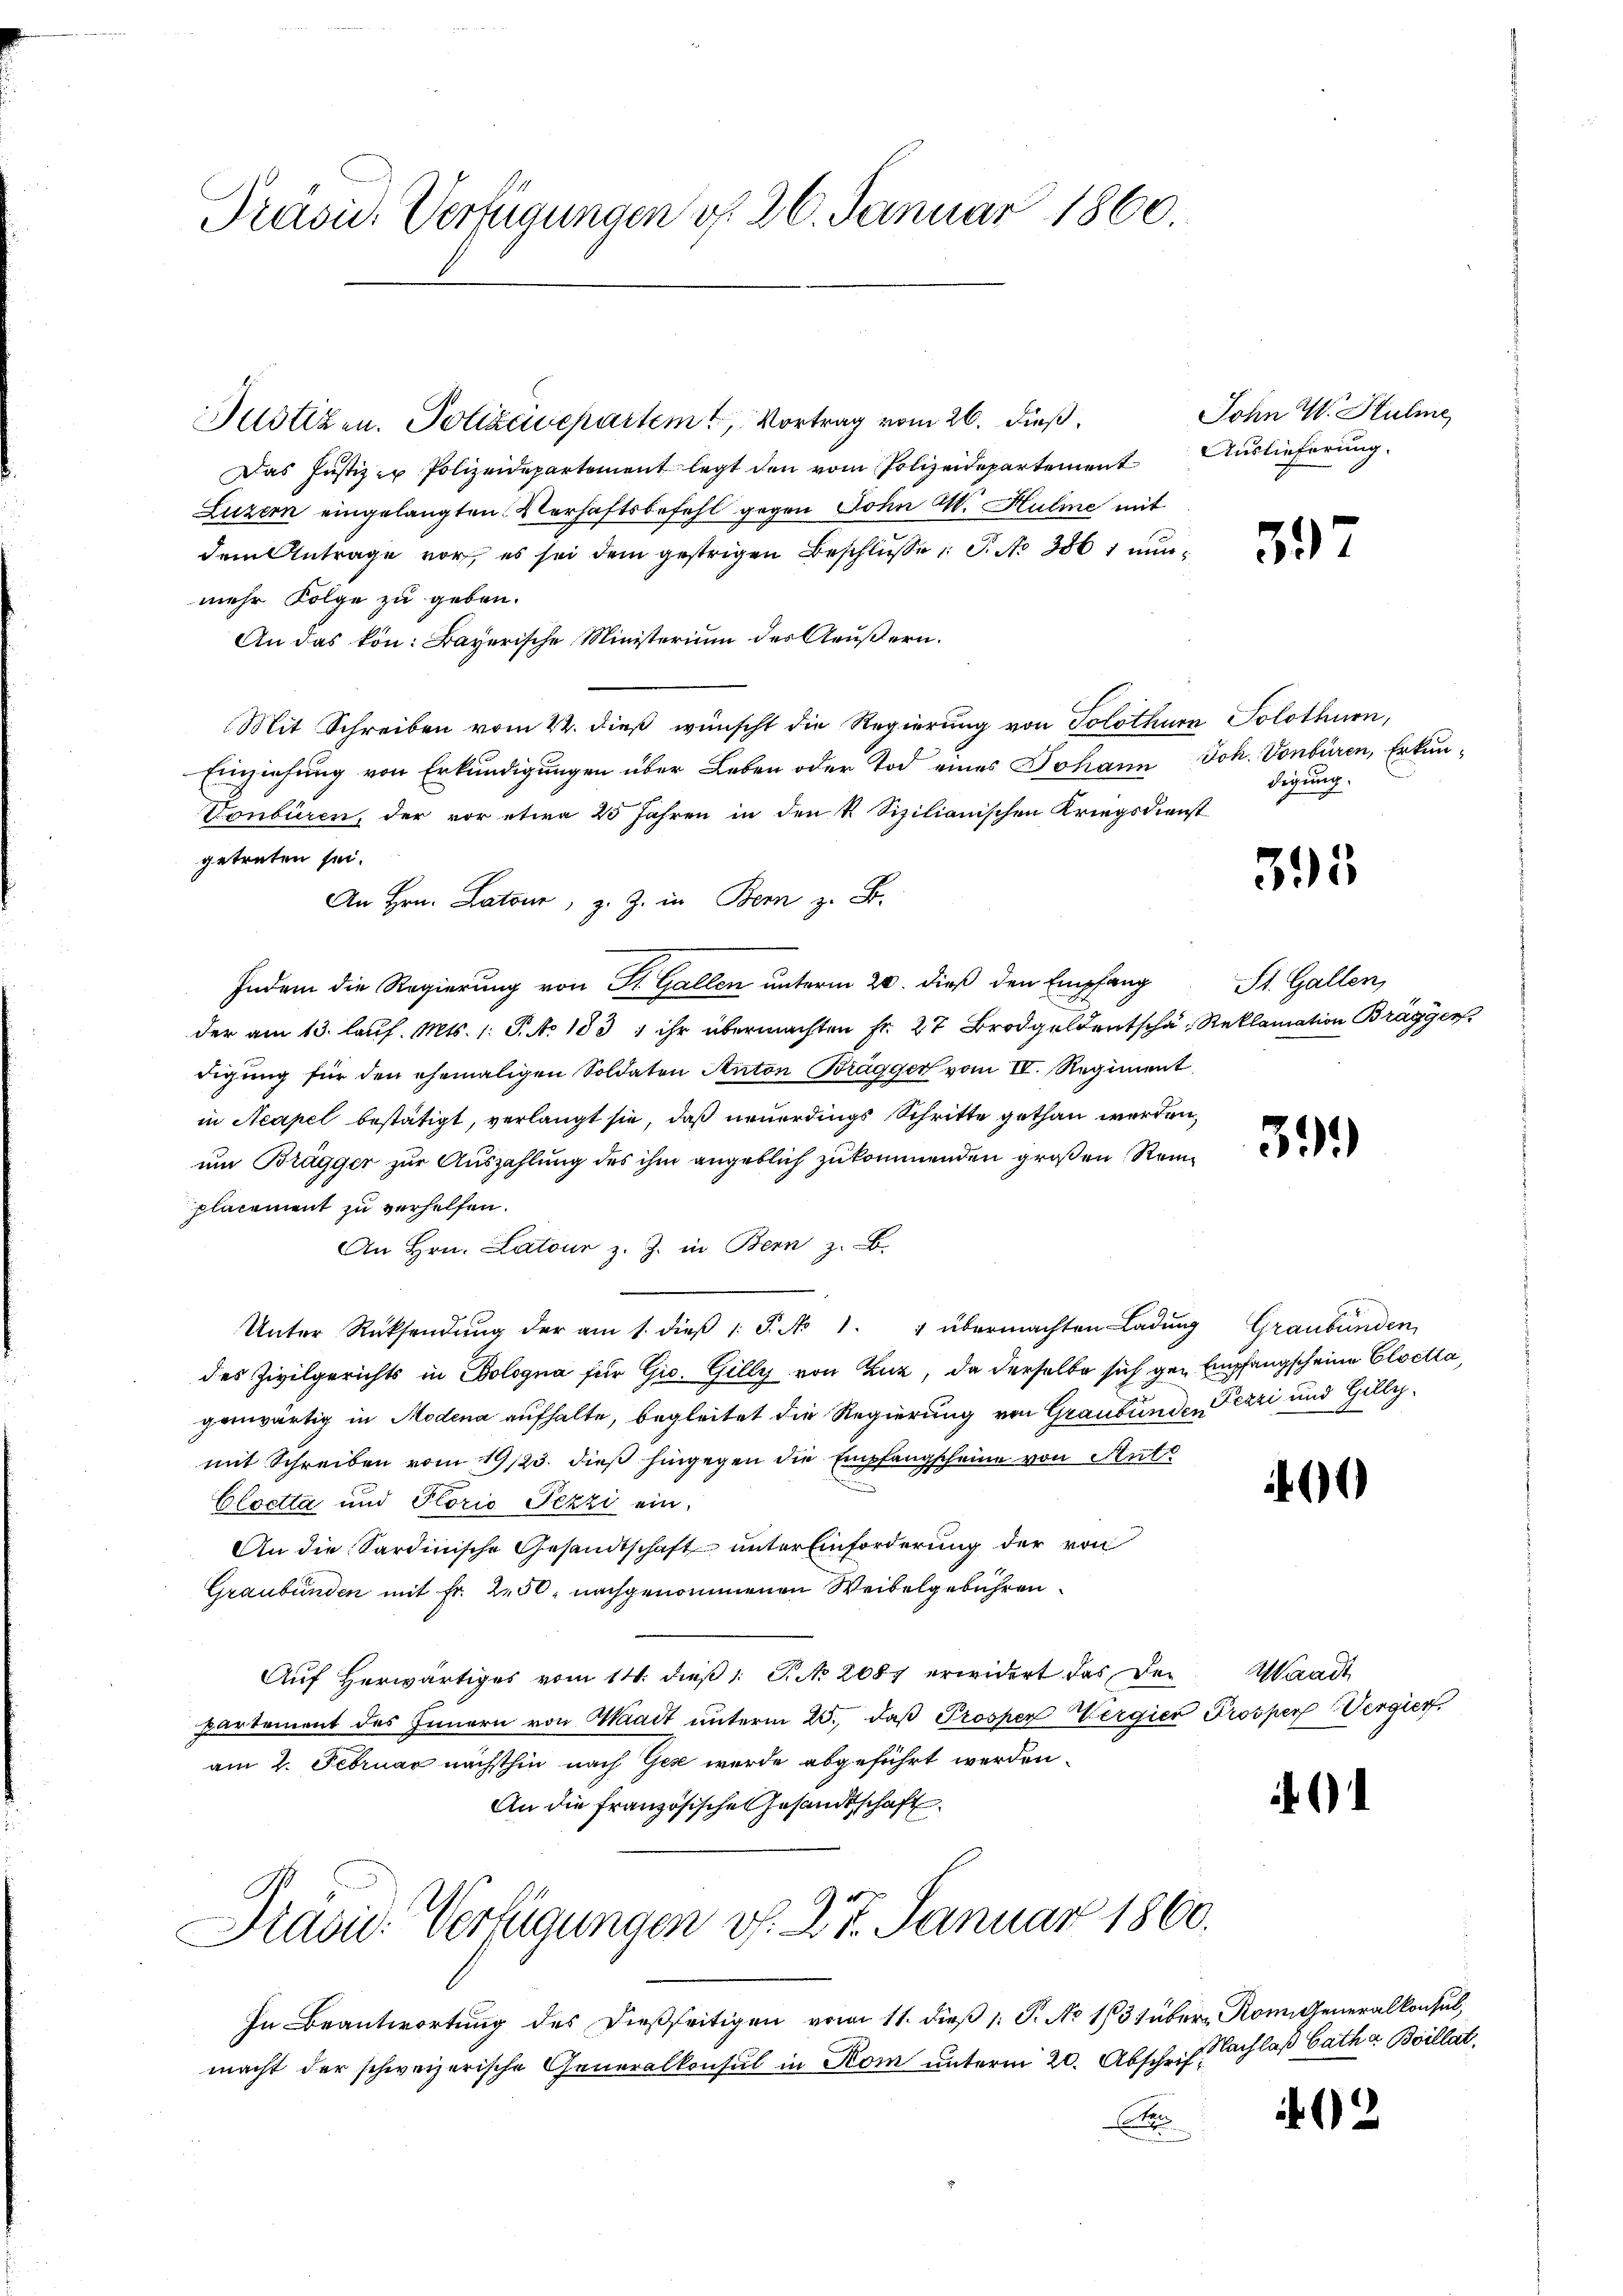
Präsi- Verfügungen d. 26. Januar 1860.

Justizen. Polizeisepartem Vortrag vom 26. dieß,
Das Justiz - Polizeidepartement legt den vom Polizeidepartement Auslieferung
Luzern eingelangten Verhaftsbefehl gegen Sohn W. Hulme mit
dem Antrage vor, es sei dem gestrigen Beschlŭsse: S. No 386 1 nunmehr Folge zu geben.
An das kön: Bayerische Ministerium des Aeußern.
Mit Schreiben vom 22. dieß wünscht die Regierung von Solothur Solothurn,
Einziehung von Erkundigungen über Leben oder Tod eines Johann Joh. Vonbüren, Erkun¬
Vonbüren, der vor etwa 25 Jahren in den k. Sizilianischen Kriegsdienst
getreten sei.
An Hrn. Latour, z. Z. in Bern z. B.
Indem die Regierung von St. Gallen unterm 20. dieß den Empfang
der am 13. lauf. Mts. 1. P. No 1831 ihr übermachten Fr. 27 Brodgeldentscha Reklamation Brägger
digung für den ehemaligen Soldaten Anton Brägger vom II. Regiment
in Acapel bestätigt, verlangt sie, daß neuerdings Schritte gethan werden,
um Brugger zur Auszahlung des ihm angeblich zukommenden großen Reinplacement zu verhelfen.
An Hrn. Latour z. Z. in Bern z. B.
Unter Rücksendŭng der am 1. dieβ 1. P. No 1. " übermachten Ladung Graubünden,
des Zivilgerichts in Bologna für Gio. Gilly von Zuz, da derselbe sich gen Empfangscheine Cloetta,
genwärtig in Modena aufhalte, begleitet die Regierung von Graubünden Pezzi und Gillymit Schreiben vom 19/23. dieß hingegen die Empfangscheine von Stutz
Cloetta und Florić Pezzi ein
An die Sardinische Gesandtschaft unter Einforderung der von
Graubünden mit Fr. 250, nachgenommenen Weibelgebühren
Auf Herwärtiges vom 14. dieß 1 S. No 2087 erwidert das der
partement des Innern von Waadt unterm 25. daß Prosper Vergier Prosper Vergier
am 2. Februar nächsthin nach Gez wurde abgeführt werden.
An die französische Gesandtschaft
Pravić-Verfügungen v. 27. Januar 1860.
In Beantwortung des dießseitigen vom 11. dieß 1: P. Nr. 1831 über Komi Generalkonsul,
macht der schweizerische Generalkonsul in Kom unterm 20. Abschrift Sachlaß Catha Boillat
t

John W. Stulie

59

digung.

395

St. Gallen,

39.)

6

Waadt

.

2